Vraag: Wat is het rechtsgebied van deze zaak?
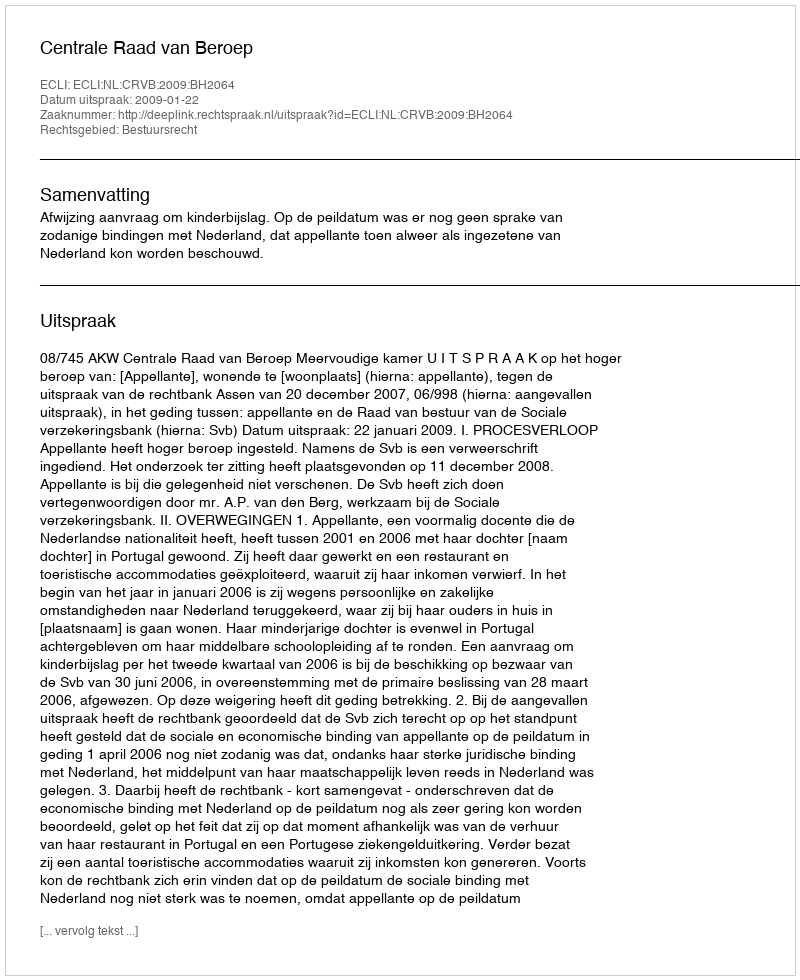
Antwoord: Bestuursrecht